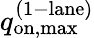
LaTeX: q_{\mathrm{on,max}}^{\mathrm{(1-lane)}}